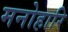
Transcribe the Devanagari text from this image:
मनोहारि